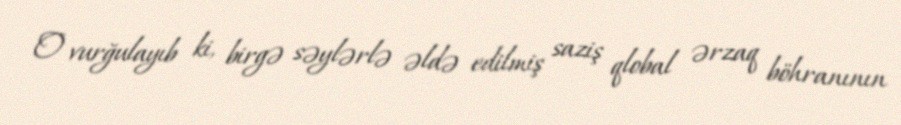
O vurğulayıb ki, birgə səylərlə əldə edilmiş saziş qlobal ərzaq böhranının